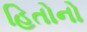
હિતોનો